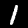
Label: 1